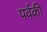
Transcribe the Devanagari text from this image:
पर्वकी